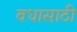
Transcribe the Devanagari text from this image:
वधासाठी